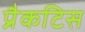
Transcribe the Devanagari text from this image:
प्रैकटिस